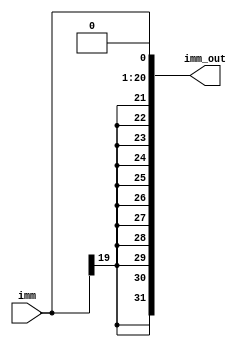
`timescale 1ns / 1ps
//////////////////////////////////////////////////////////////////////////////////
// Company: 
// Engineer: 
// 
// Design Name: 
// Module Name: signextender
// Project Name: 
// Target Devices: 
// Tool Versions: 
// Description: 
// 
// Dependencies: 
// 
// Revision:
// Revision 0.01 - File Created
// Additional Comments:
// 
//////////////////////////////////////////////////////////////////////////////////


module signextender(input [19:0] imm, output [31:0] imm_out

    );
    wire [31:0] sign_ex;
    assign sign_ex={{12{imm[19]}},imm};
    assign imm_out=sign_ex<<1'b1;
endmodule